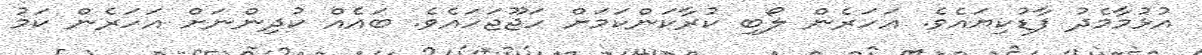
އުޅުމާމެދު ފާޑުކިޔައެވެ. އަހަރެން ލޯބި ކުރާކަންކަމަށް ހަޖޫޖަހައެވެ. ބައެއް ކުދިންނަށް އަހަރެން ކަމު